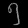
Digit: ၅